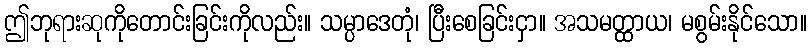
ဤဘုရားဆုကိုတောင်းခြင်းကိုလည်း။ သမ္ပာဒေတုံ၊ ပြီးစေခြင်းငှာ။ အသမတ္ထာယ၊ မစွမ်းနိုင်သော။